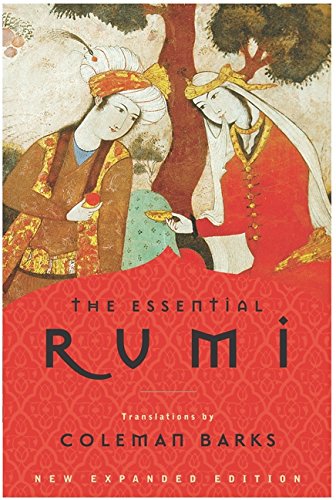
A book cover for The Essential Rumi, New Expanded Edition; Jalal al-Din Rumi; Literature & Fiction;